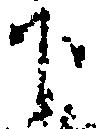
下